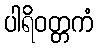
ပါရိဝတ္တကံ